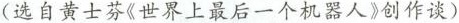
（选自黄土芬《世界上最后一个机器人》创作谈）